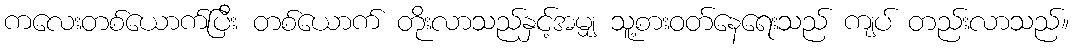
ကလေးတစ်ယောက်ပြီး တစ်ယောက် တိုးလာသည်နှင့်အမျှ သူ့စားဝတ်နေရေးသည် ကျပ် တည်းလာသည်။